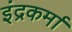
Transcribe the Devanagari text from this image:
इंद्रकर्मा